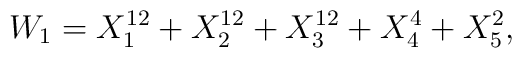
W_{1} = X_{1}^{12}+X_{2}^{12}+X_{3}^{12}+X_{4}^{4}+X_{5}^{2},